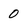
Character: 0